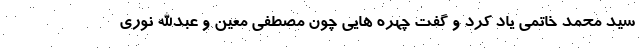
سید محمد خاتمی یاد کرد و گفت چهره هایی چون مصطفی معین و عبدالله نوری